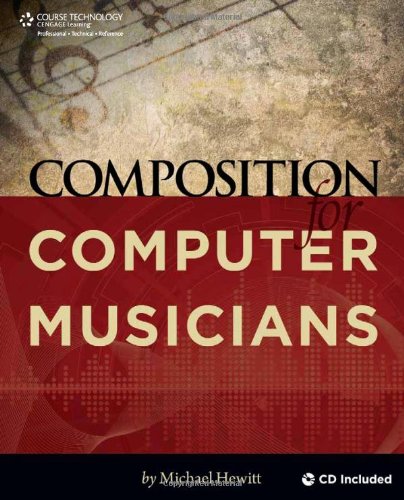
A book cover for Composition for Computer Musicians; Michael Hewitt; Arts & Photography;